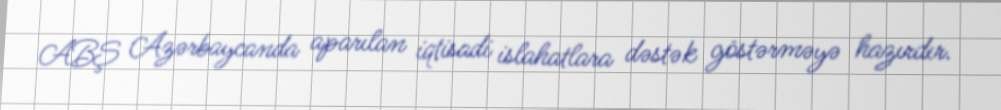
ABŞ Azərbaycanda aparılan iqtisadi islahatlara dəstək göstərməyə hazırdır.